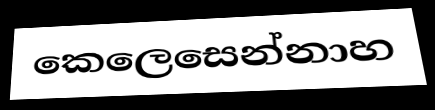
කෙලෙසෙන්නාහ